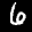
Label: 6